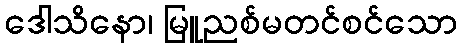
ဒေါသိနော၊ မြူညစ်မတင်စင်သော